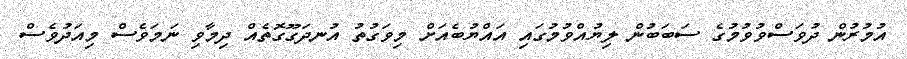
އުމުރުން ދުވަސްވުވުމުގެ ސަބަބުން ލިޔުއްވުމުގައި އައްޔުބެއަށް މިވަގުތު އުނދަގޫގޮތެއް ދިމާވި ނަމަވެސް މިއަދުވެސް